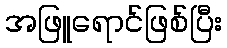
အဖြူရောင်ဖြစ်ပြီး